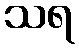
သရ